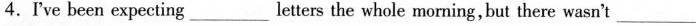
4.I've been expecting___letters the whole morning,but there wasn't ___